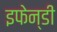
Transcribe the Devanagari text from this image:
इफेन्डी